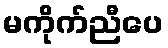
မကိုက်ညီပေ